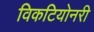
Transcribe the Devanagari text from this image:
विकटियोनरी